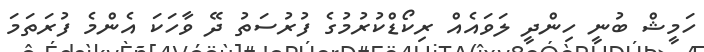
ހަމީޝް ބުނީ ހިންދީ ލަވައެއް ރިކޯޑްކުރުމުގެ ފުރުސަތު ދޭ ވާހަކަ އެންމެ ފުރަތަމަ